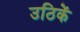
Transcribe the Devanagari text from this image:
उठिकें